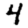
Digit: 4